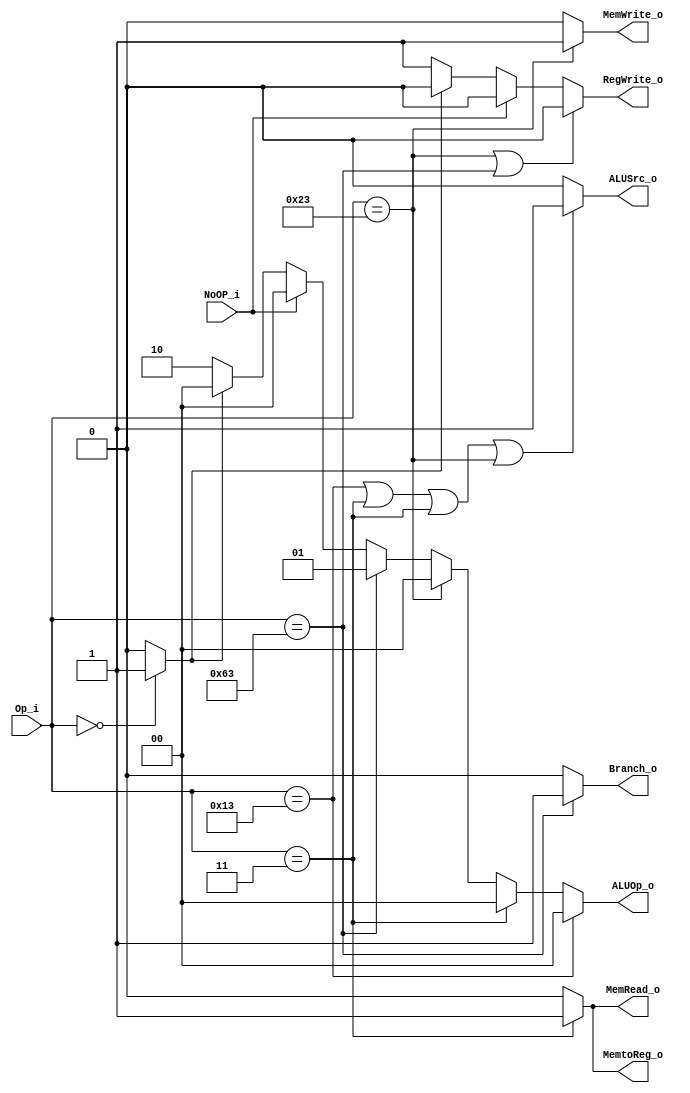
module Control (
    Op_i,
    ALUOp_o,
    ALUSrc_o,
    RegWrite_o,
    MemtoReg_o,
    MemWrite_o,
    MemRead_o,
    Branch_o,
    NoOP_i
);

input NoOP_i;
input [6:0] Op_i;
output [1:0] ALUOp_o;
output ALUSrc_o;
output RegWrite_o;
output MemtoReg_o, MemWrite_o, MemRead_o, Branch_o;

wire flush;
assign flush = (Op_i == 7'b0) ? 1:0;
assign ALUSrc_o = ((Op_i == 7'b0010011) //addi
                ||(Op_i == 7'b0000011)  //srai
                ||(Op_i == 7'b0000011)  //lw
                ||(Op_i == 7'b0100011)) ? 1: //sw
                (NoOP_i) ? 0:
                (flush) ? 0:
                0; 
assign RegWrite_o = ((Op_i == 7'b0100011)
                ||(Op_i == 7'b1100011)) ? 0: // sd & beq
                (NoOP_i) ? 0: 
                (flush) ? 0:
                1; 
assign ALUOp_o = (Op_i == 7'b0010011) ? 2'b00: // addi & srai
                 (Op_i == 7'b0000011) ? 2'b00: //lw
                 (Op_i == 7'b0100011) ? 2'b00: //sw
                 (Op_i == 7'b1100011) ? 2'b01: //beq
                 (NoOP_i) ? 0:
                 (flush) ? 0:
                2'b10; 
assign MemtoReg_o = (Op_i == 7'b0000011) ? 1: // ld
                (NoOP_i) ? 0:
                (flush) ? 0:
                0;  
assign MemWrite_o = (Op_i == 7'b0100011) ? 1: // sd
                (NoOP_i) ? 0:
                (flush) ? 0:
                0; 
assign MemRead_o = (Op_i == 7'b0000011) ? 1: // ld
                (NoOP_i) ? 0:
                (flush) ? 0:
                0; 
assign Branch_o = (Op_i == 7'b1100011) ? 1: //beq
                (NoOP_i) ? 0:
                (flush) ? 0:
                0; 

endmodule